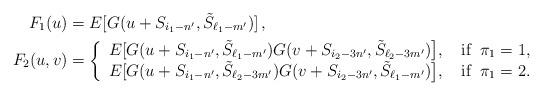
LaTeX: \begin{align*}F_1(u) &= E[G(u+S_{i_1-n'},\tilde{S}_{\ell_1-m'})] \,,\\F_2(u,v) &= \left\{\begin{array}{ll}E[G(u+S_{i_1-n'},\tilde{S}_{\ell_1-m'})G(v+S_{i_2-3n'},\tilde{S}_{\ell_2-3m'})\big] , & \;\textrm{if}\;\; \pi_1=1, \\E[G(u+S_{i_1-n'},\tilde{S}_{\ell_2-3m'})G(v+S_{i_2-3n'},\tilde{S}_{\ell_1-m'})\big], & \;\textrm{if}\;\; \pi_1=2.\end{array}\right.\end{align*}